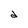
Character: d